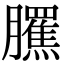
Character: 𦢺